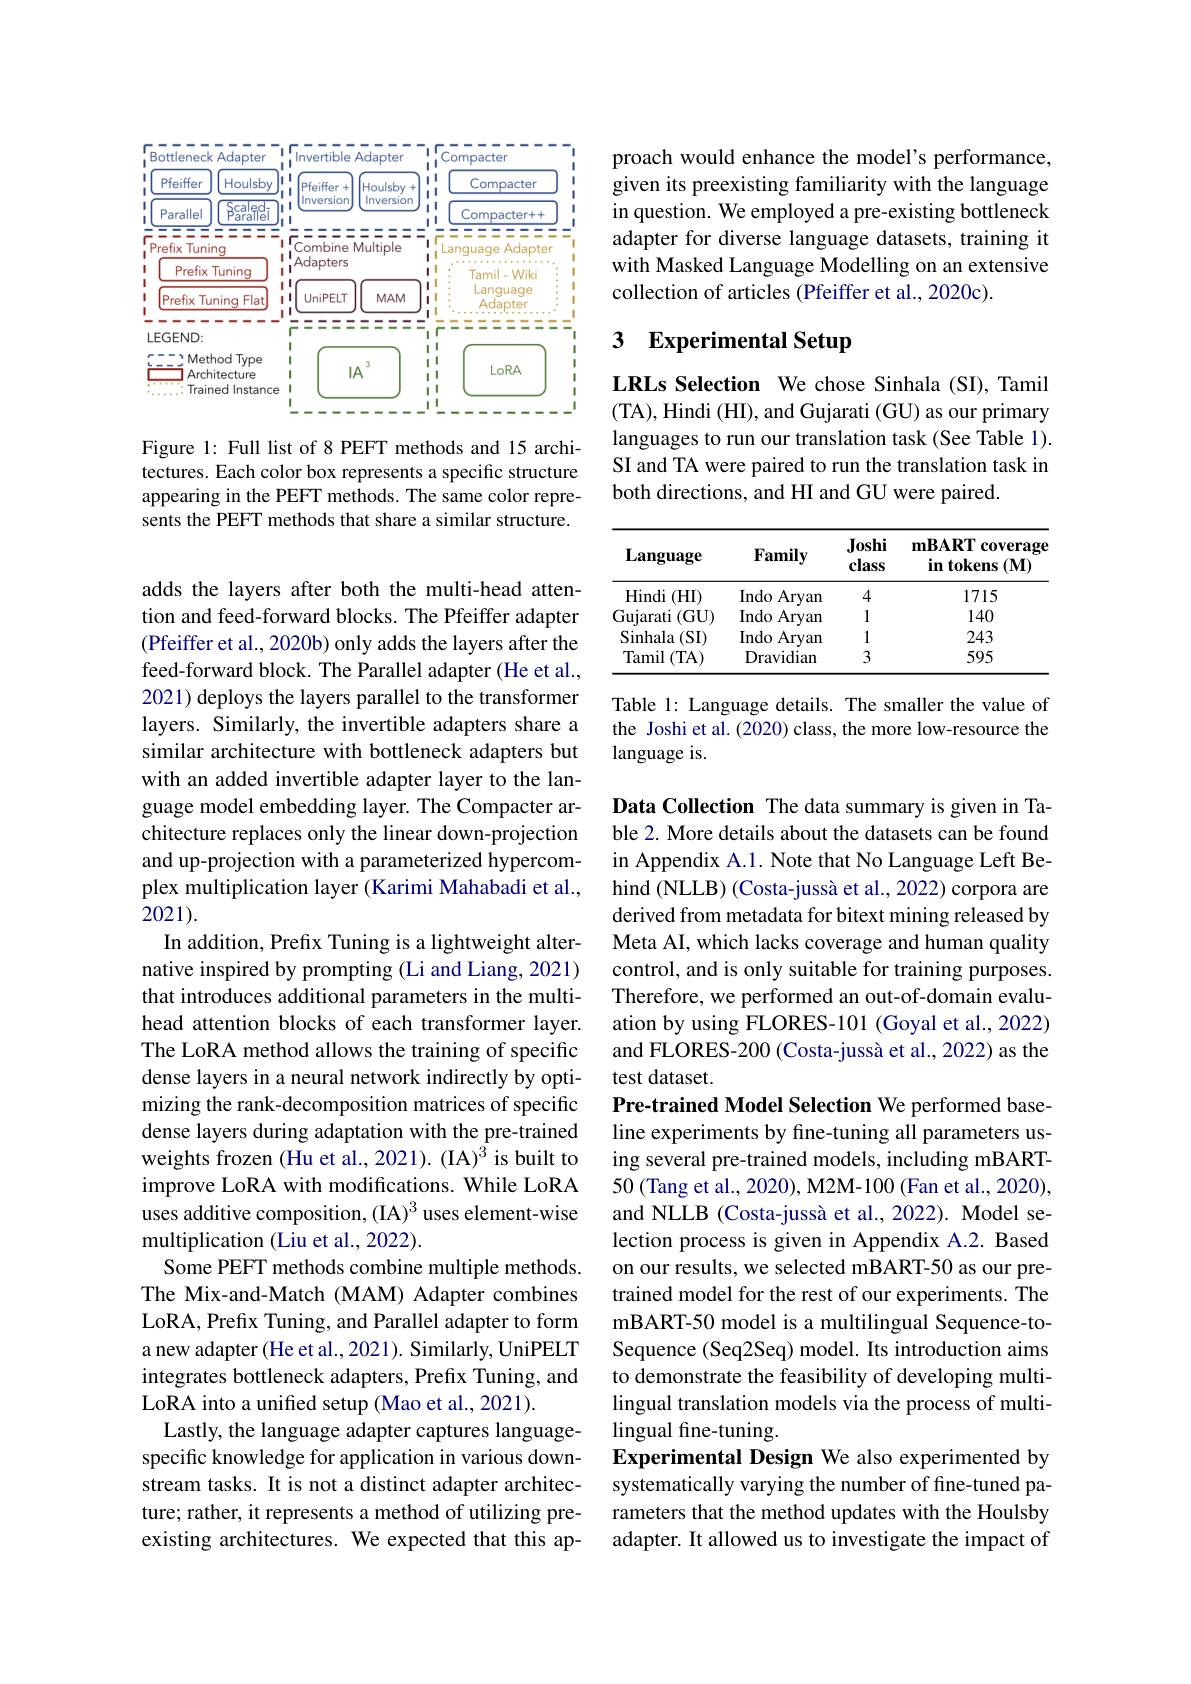
<FigureHere>

Figure 1: Full list of 8 PEFT methods and 15 architectures. Each color box represents a specific structure appearing in the PEFT methods. The same color represents the PEFT methods that share a similar structure.

adds the layers after both the multi-head attention and feed-forward blocks. The Pfeiffer adapter (Pfeiffer et al., 2020b) only adds the layers after the feed-forward block. The Parallel adapter (He et al., 2021) deploys the layers parallel to the transformer layers. Similarly, the invertible adapters share a similar architecture with bottleneck adapters but with an added invertible adapter layer to the language model embedding layer. The Compacter architecture replaces only the linear down-projection and up-projection with a parameterized hypercomplex multiplication layer (Karimi Mahabadi et al., 2021).
In addition, Prefix Tuning is a lightweight alternative inspired by prompting (Li and Liang, 2021) that introduces additional parameters in the multihead attention blocks of each transformer layer. The LoRA method allows the training of specific dense layers in a neural network indirectly by optimizing the rank-decomposition matrices of specific dense layers during adaptation with the pre-trained weights frozen (Hu et al., 2021). (IA)$^{\bar{3}}$ is built to improve LoRA with modifications. While LoRA uses additive composition, (IA)$^3$ uses element-wise multiplication (Liu et al., 2022).
Some PEFT methods combine multiple methods. The Mix-and-Match (MAM) Adapter combines LoRA, Prefix Tuning, and Parallel adapter to form a new adapter (He et al., 2021). Similarly, UniPELT integrates bottleneck adapters, Prefix Tuning, and LoRA into a unifed setup (Mao et al., 2021).
Lastly, the language adapter captures languagespecific knowledge for application in various downstream tasks. It is not a distinct adapter architecture; rather, it represents a method of utilizing preexisting architectures. We expected that this ap-

proach would enhance the model's performance, given its preexisting familiarity with the language in question. We employed a pre-existing bottleneck adapter for diverse language datasets, training it with Masked Language Modelling on an extensive collection of articles (Pfeiffer et al., 2020c).

### 3 $\textbf{Experimental Setup}$

LRLs Selection We chose Sinhala (SI), Tamil (TA), Hindi (HI), and Gujarati (GU) as our primary languages to run our translation task (See Table 1). SI and TA were paired to run the translation task in both directions, and HI and GU were paired.

<table>
	<tbody>
		<tr>
			<th>Language</th>
			<th>Family</th>
			<th>Joshi class</th>
			<th>$\mathbf{mBART}$ coverage 100 $in$ tokens $(\mathbf{M})$</th>
		</tr>
		<tr>
			<td>Hindi (HI)</td>
			<td>Indo Aryan</td>
			<td>4</td>
			<td>1715</td>
		</tr>
		<tr>
			<td>Gujarati (GU)</td>
			<td>Indo Aryan</td>
			<td>1</td>
			<td>140</td>
		</tr>
		<tr>
			<td>Sinhala $\iota\left(\mathrm{SI}\right)$</td>
			<td>Indo Aryan</td>
			<td>1</td>
			<td>243</td>
		</tr>
		<tr>
			<td>Tamil (TA)</td>
			<td>Dravidian</td>
			<td>3</td>
			<td>595</td>
		</tr>
	</tbody>
</table>

Table 1: Language details. The smaller the value of the Joshi et al. (2020) class, the more low-resource the language is.

Data Collection The data summary is given in Table 2. More details about the datasets can be found in Appendix A.1. Note that No Language Left Behind (NLLB) (Costa-jussà et al., 2022) corpora are derived from metadata for bitext mining released by Meta AI, which lacks coverage and human quality control, and is only suitable for training purposes. Therefore, we performed an out-of-domain evaluation by using FLORES-101 (Goyal et al., 2022) and FLORES-200 (Costa-jussà et al., 2022) as the test dataset
Pre-trained Model Selection We performed baseline experiments by fine-tuning all parameters using several pre-trained models, including mBART- 50 (Tang et al., 2020), M2M-100 (Fan et al., 2020), and NLLB (Costa-jussà et al., 2022). Model selection process is given in Appendix A.2. Based on our results, we selected mBART-50 as our pretrained model for the rest of our experiments. The mBART-50 model is a multilingual Sequence-toSequence (Seq2Seq) model. Its introduction aims to demonstrate the feasibility of developing multilingual translation models via the process of multilingual fine-tuning.
Experimental Design We also experimented by systematically varying the number of fine-tuned parameters that the method updates with the Houlsby adapter. It allowed us to investigate the impact of